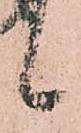
候